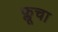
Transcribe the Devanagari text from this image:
फ्लूचा